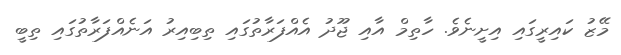
މޭޒު ކައިރީގައި އިށީނެވެ. ހާތިމް އާއި ޖޫދު އެއްފަރާތުގައި ތިބިއިރު އަނެއްފަރާތުގައި ތިބީ